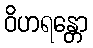
ဝိဟရန္တော